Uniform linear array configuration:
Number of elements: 48
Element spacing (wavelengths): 0.75
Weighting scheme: binomial
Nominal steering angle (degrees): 0
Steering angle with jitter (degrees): -1.386
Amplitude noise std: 0.05
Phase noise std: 0.05

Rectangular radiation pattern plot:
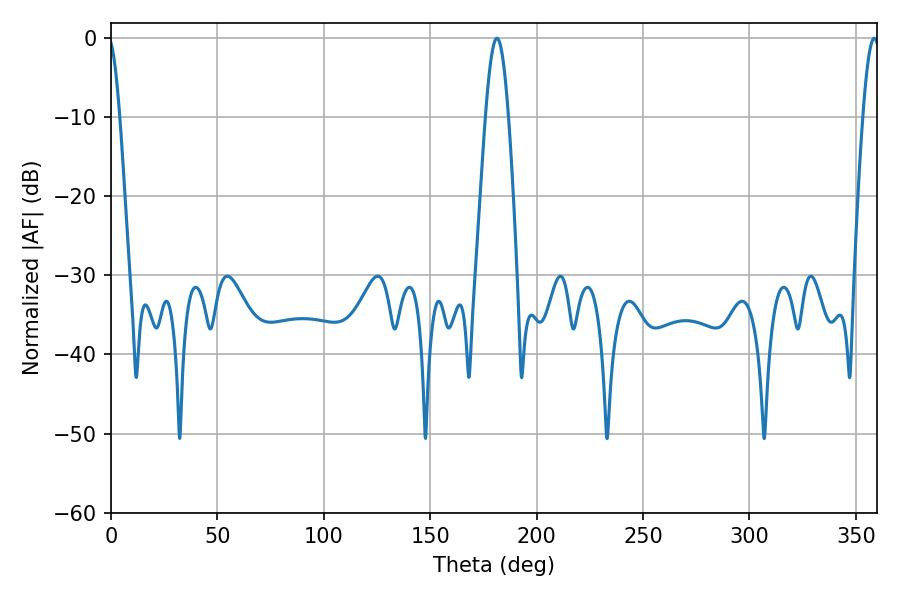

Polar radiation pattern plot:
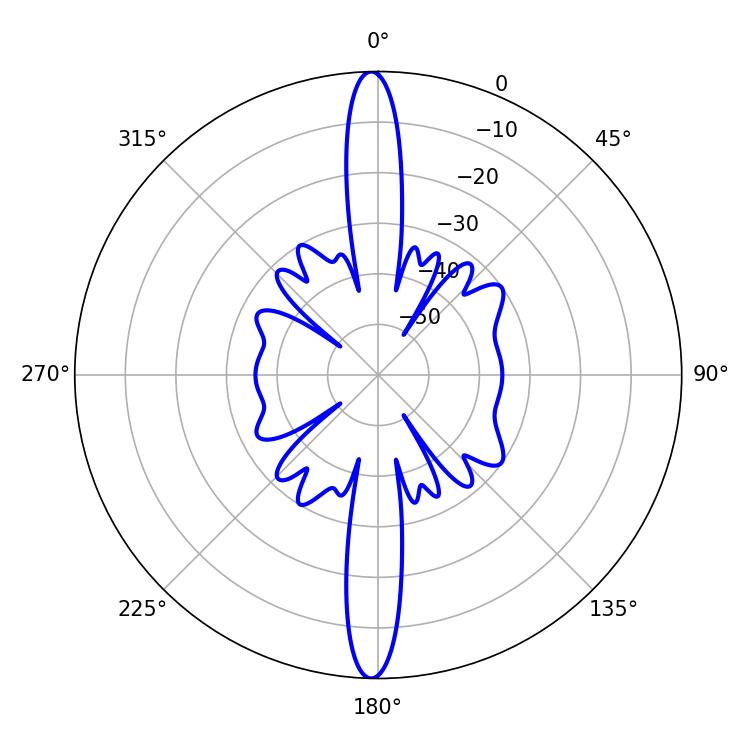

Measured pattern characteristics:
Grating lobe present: TRUE
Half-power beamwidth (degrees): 5.94
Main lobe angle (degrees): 181.44